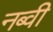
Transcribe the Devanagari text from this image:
नब्वी